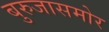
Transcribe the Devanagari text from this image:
बुरुजासमोर